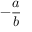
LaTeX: - { \frac { a } { b } }